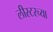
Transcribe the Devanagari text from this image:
लीस्टरच्या